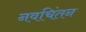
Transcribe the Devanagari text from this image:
नवचिंतन